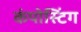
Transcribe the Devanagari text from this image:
कंपोस्टिंग